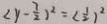
( y - \frac { 7 } { 2 } ) ^ { 2 } = ( \frac { 1 } { 2 } ) ^ { 2 }